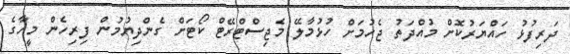
ދަރިފުޅު ހައްޔަރުކޮށް މުއްދަތު ޖެހުމަށް ހުޅުމާލޭ މެޖިސްޓްރޭޓް ކޯޓަށް ގެންދިޔުމުން ފިރިހެން މީހާގެ